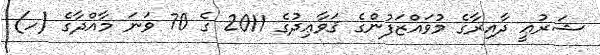
ޝަރުޢީ ދާއިރާގެ މުވައްޒަފުންގެ ޤަވާޢިދުގެ 2011 ގެ 70 ވަނަ މާއްދާގެ (ހ)